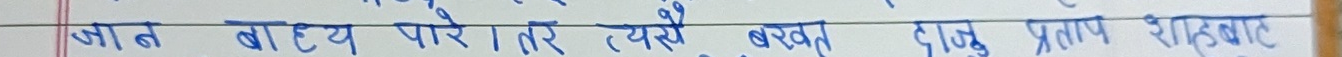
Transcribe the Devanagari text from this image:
जात बाहय परे तर त्यसै बखत दाजु प्रताप शहबाट